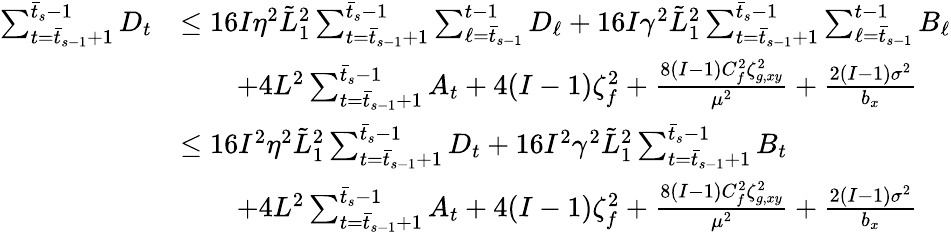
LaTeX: \begin{array}{rl}{\sum_{t=\bar{t}_{s-1}+1}^{\bar{t}_{s}-1}D_{t}}&{\leq 16I\eta^{2}\tilde{L}_{1}^{2}\sum_{t=\bar{t}_{s-1}+1}^{\bar{t}_{s}-1}\sum_{\ell=\bar{t}_{s-1}}^{t-1}D_{\ell}+16I\gamma^{2}\tilde{L}_{1}^{2}\sum_{t=\bar{t}_{s-1}+1}^{\bar{t}_{s}-1}\sum_{\ell=\bar{t}_{s-1}}^{t-1}B_{\ell}}\\ &{\qquad+4L^{2}\sum_{t=\bar{t}_{s-1}+1}^{\bar{t}_{s}-1}A_{t}+4(I-1)\zeta_{f}^{2}+\frac{8(I-1)C_{f}^{2}\zeta_{g,xy}^{2}}{\mu^{2}}+\frac{2(I-1)\sigma^{2}}{b_{x}}}\\ &{\leq 16I^{2}\eta^{2}\tilde{L}_{1}^{2}\sum_{t=\bar{t}_{s-1}+1}^{\bar{t}_{s}-1}D_{t}+16I^{2}\gamma^{2}\tilde{L}_{1}^{2}\sum_{t=\bar{t}_{s-1}+1}^{\bar{t}_{s}-1}B_{t}}\\ &{\qquad+4L^{2}\sum_{t=\bar{t}_{s-1}+1}^{\bar{t}_{s}-1}A_{t}+4(I-1)\zeta_{f}^{2}+\frac{8(I-1)C_{f}^{2}\zeta_{g,xy}^{2}}{\mu^{2}}+\frac{2(I-1)\sigma^{2}}{b_{x}}}\end{array}